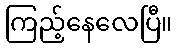
ကြည့်နေလေပြီ။